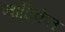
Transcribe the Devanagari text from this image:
नाटिकेत